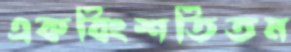
একবিংশতিতম